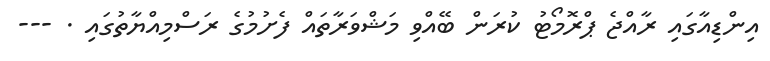
އިންޑިއާގައި ރާއްޖެ ޕްރޮމޯޓު ކުރަން ބޭއްވި މަޝްވަރާތައް ފެށުމުގެ ރަސްމިއްޔާތުގައި . ---